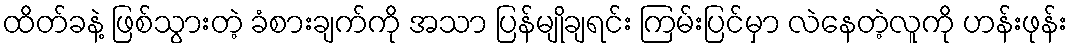
ထိတ်ခနဲ့ ဖြစ်သွားတဲ့ ခံစားချက်ကို အသာ ပြန်မျိုချရင်း ကြမ်းပြင်မှာ လဲနေတဲ့လူကို ဟန်းဖုန်း